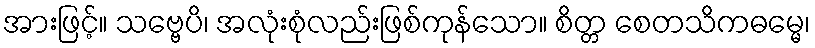
အားဖြင့်။ သဗ္ဗေပိ၊ အလုံးစုံလည်းဖြစ်ကုန်သော။ စိတ္တ စေတသိကဓမ္မေ၊